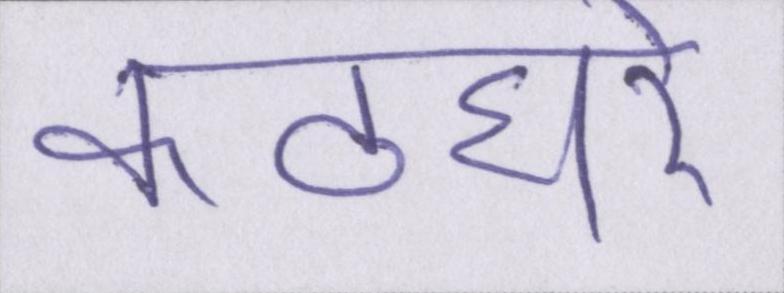
कठघरे